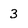
Character: 3